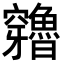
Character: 𥩍